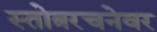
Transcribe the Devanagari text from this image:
स्तोत्ररचनेवर